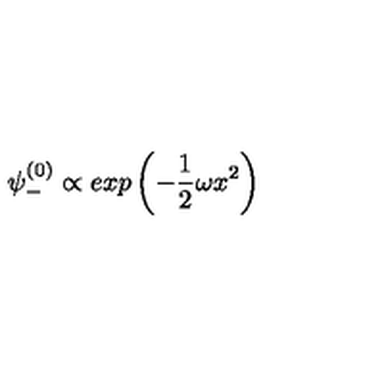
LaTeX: \psi _ { - } ^ { ( 0 ) } \propto e x p \left( - \frac { 1 } { 2 } \omega x ^ { 2 } \right)